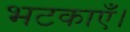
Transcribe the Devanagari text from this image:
भटकाएँ।